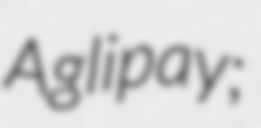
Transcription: Aglipay;